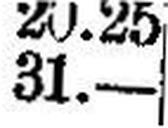
31.—